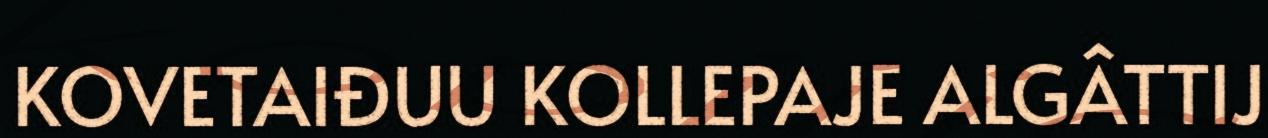
KOVETAIĐUU KOLLEPAJE ALGÂTTIJ